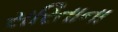
સરિતાના